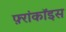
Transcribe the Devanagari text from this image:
फ़्रांकॉइस